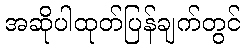
အဆိုပါထုတ်ပြန်ချက်တွင်